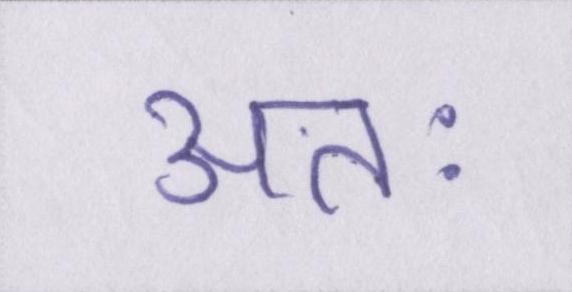
अतः